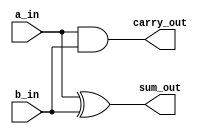
`timescale 1ns / 1ps
//////////////////////////////////////////////////////////////////////////////////
// Company: 
// Engineer: 
// 
// Design Name: 
// Module Name:    HalfAdder 
// Project Name: 
// Target Devices: 
// Tool versions: 
// Description: 
//
// Dependencies: 
//
// Revision: 
// Revision 0.01 - File Created
// Additional Comments: 
//
//////////////////////////////////////////////////////////////////////////////////
module HalfAdder(
input a_in , b_in,
output sum_out, carry_out
    );

assign sum_out = a_in ^ b_in;

assign carry_out = a_in & b_in;


endmodule